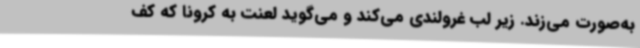
به‌صورت می‌زند. زیر لب غرولندی می‌کند و می‌گوید لعنت به کرونا که کف